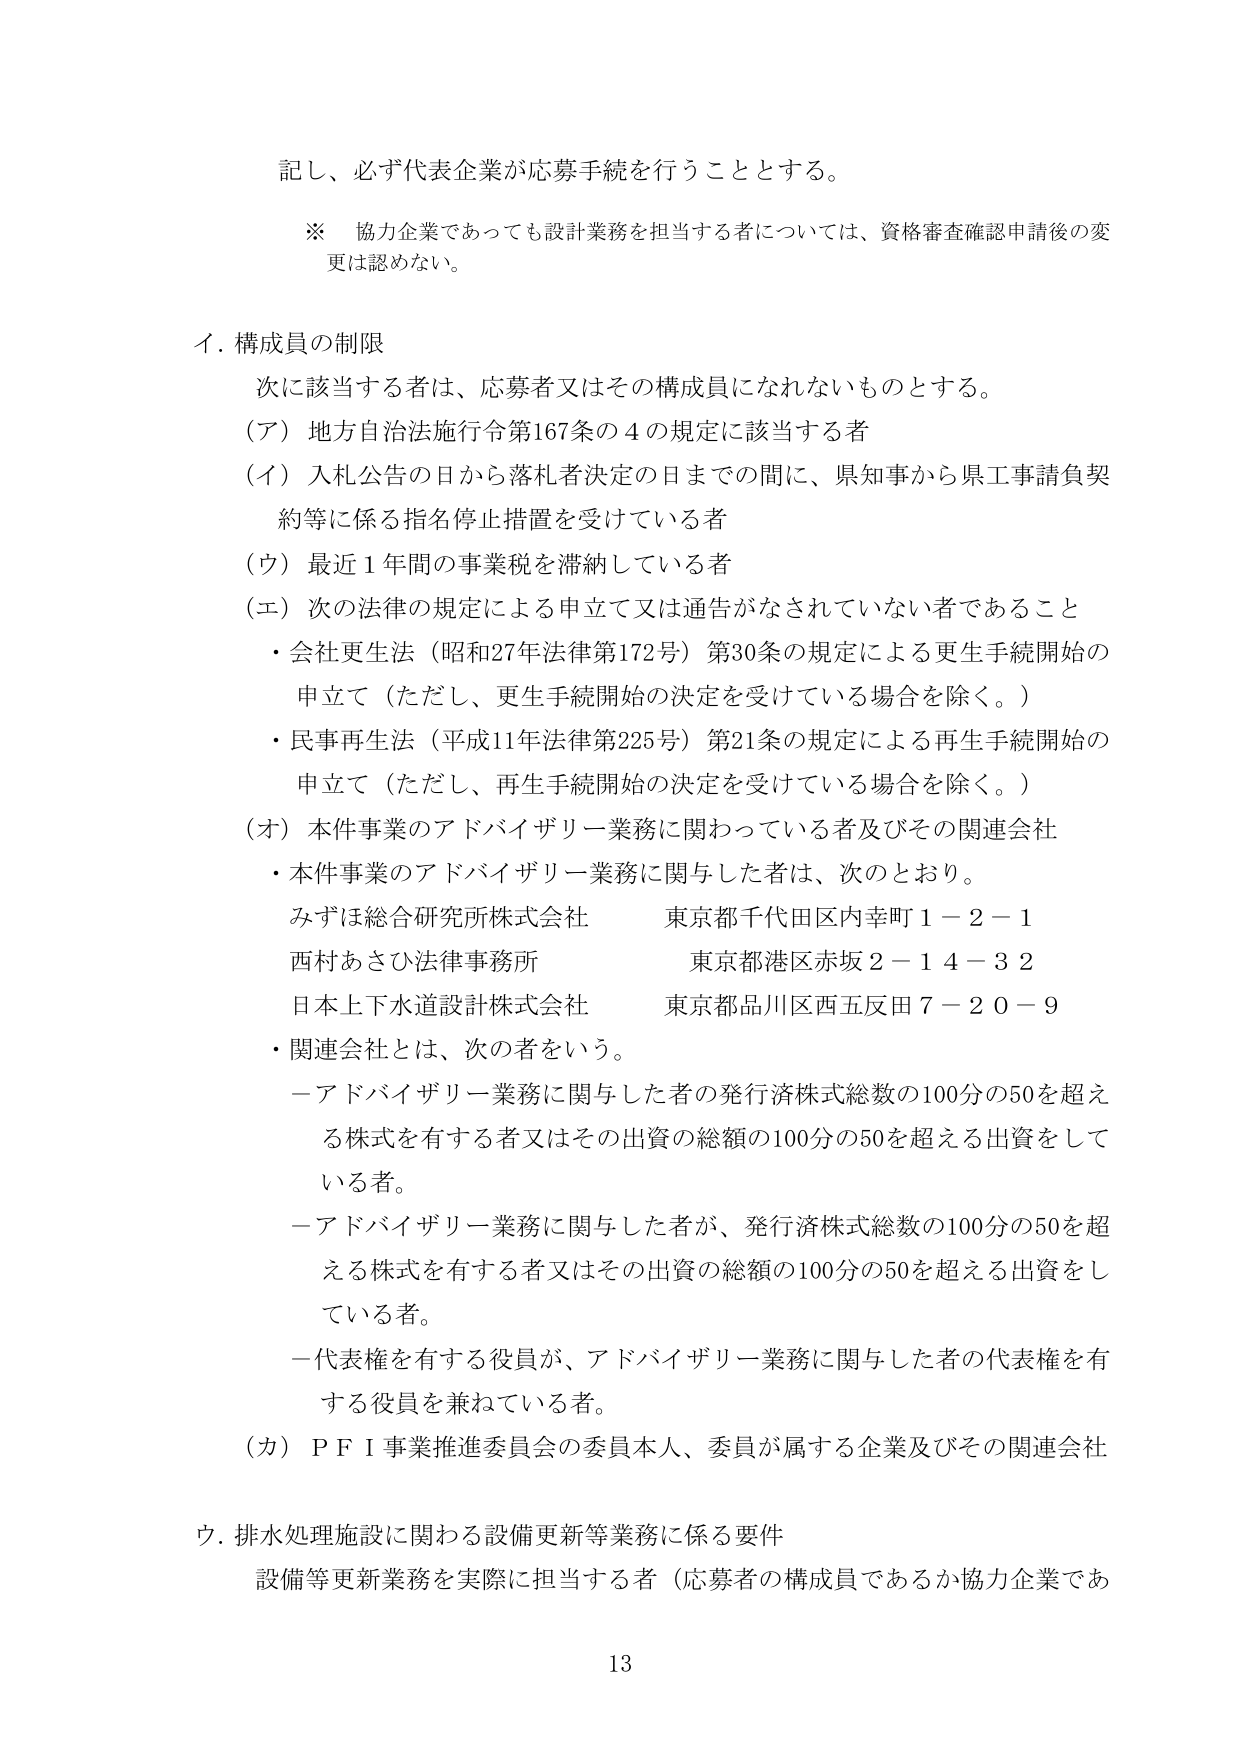
記し、必ず代表企業が応募手続を行うこととする。

※ 協力企業であっても設計業務を担当する者については、資格審査確認申請後の変更は認めない。

イ．構成員の制限
次に該当する者は、応募者又はその構成員になれないものとする。
（ア）地方自治法施行令第167条の4の規定に該当する者
（イ）入札公告の日から落札者決定の日までの間に、県知事から県工事請負契約等に係る指名停止措置を受けている者
（ウ）最近1年間の事業税を滞納している者
（エ）次の法律の規定による申立て又は通告がなされていない者であること
・会社更生法（昭和27年法律第172号）第30条の規定による更生手続開始の申立て（ただし、更生手続開始の決定を受けている場合を除く。）
・民事再生法（平成11年法律第225号）第21条の規定による再生手続開始の申立て（ただし、再生手続開始の決定を受けている場合を除く。）
（オ）本件事業のアドバイザリー業務に関わっている者及びその関連会社
・本件事業のアドバイザリー業務に関与した者は、次のとおり。
みずほ総合研究所株式会社 東京都千代田区内幸町1－2－1
西村あさひ法律事務所 東京都港区赤坂2－14－32
日本上下水道設計株式会社 東京都品川区西五反田7－20－9
・関連会社とは、次の者をいう。
－アドバイザリー業務に関与した者の発行済株式総数の100分の50を超える株式を有する者又はその出資の総額の100分の50を超える出資をしている者。
－アドバイザリー業務に関与した者が、発行済株式総数の100分の50を超える株式を有する者又はその出資の総額の100分の50を超える出資をしている者。
－代表権を有する役員が、アドバイザリー業務に関与した者の代表権を有する役員を兼ねている者。
（カ）ＰＦＩ事業推進委員会の委員本人、委員が属する企業及びその関連会社

ウ．排水処理施設に関わる設備更新等業務に係る要件
設備等更新業務を実際に担当する者（応募者の構成員であるか協力企業であ

13